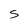
Character: S